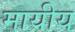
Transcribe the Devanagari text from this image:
मायीय